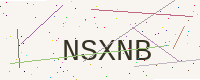
Text: NSXNB